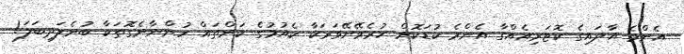
އެންމެ އާދައިގެ ކޮޓަރިއެއްގާ އެންމެ ކުޑަކޮށް ހުރެވޭނޭވަރަކާ ކެއުމުގެ ކަންތައް ހުންނާނެގޮތަކާ ބުނެލަދިބަލަ!